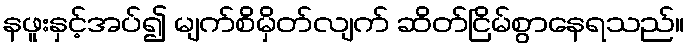
နဖူးနှင့်အပ်၍ မျက်စိမှိတ်လျက် ဆိတ်ငြိမ်စွာနေရသည်။